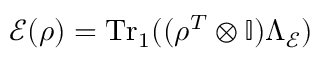
\mathcal { E } ( \rho ) = \mathrm { T r } _ { 1 } ( ( \rho ^ { T } \otimes \mathbb { I } ) \Lambda _ { \mathcal { E } } )